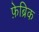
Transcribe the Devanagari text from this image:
फ़ेब्रिक